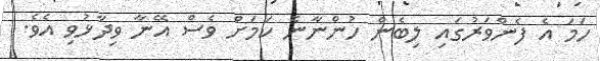
ހަމަ އެ ފެންވަރުގައި ލިބެން ހުންނާނެ ކަމަށް ވެސް އޭނާ ވިދާޅުވި އެވެ.